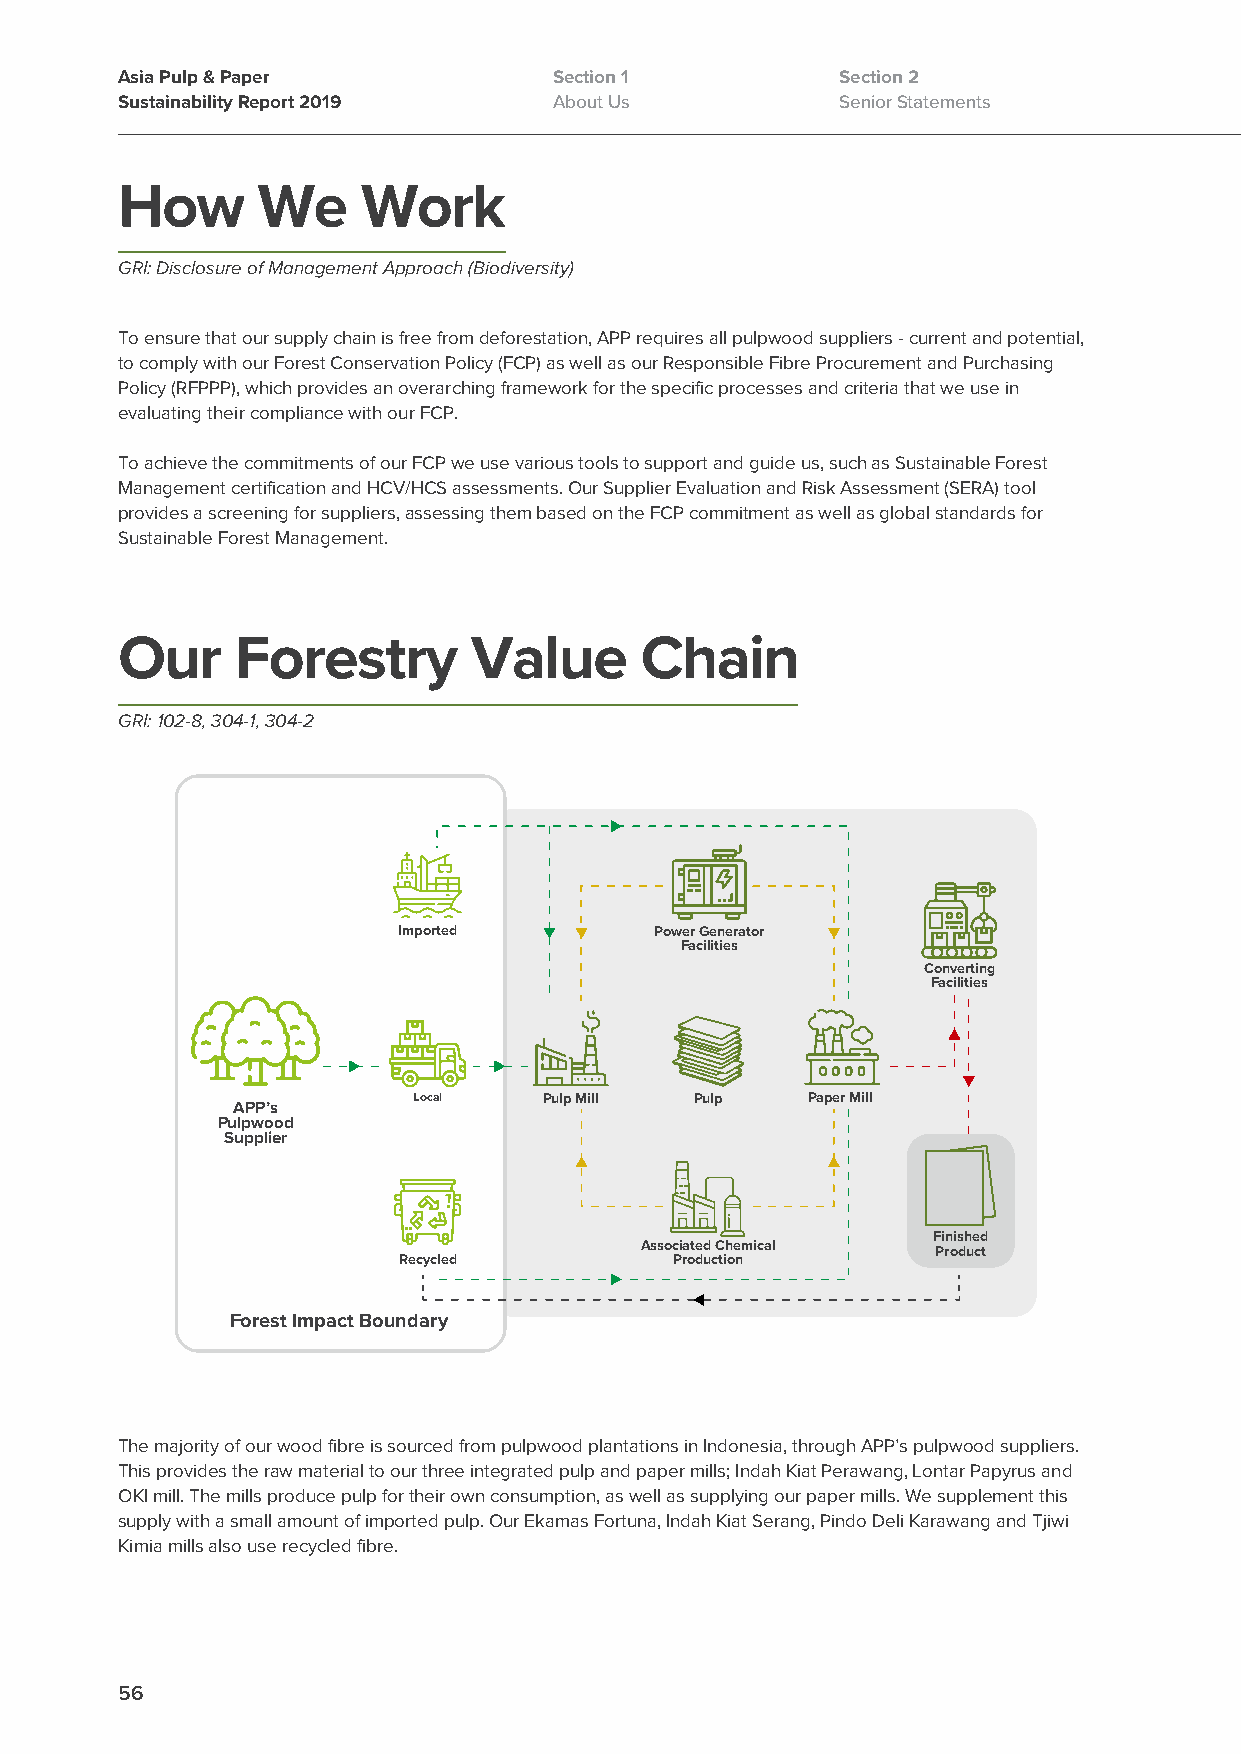
Asia Pulp & Paper            Section 1          Section 2
 Sustainability Report 2019   About Us           Senior Statements
 How      We     Work
 GRI: Disclosure of Management Approach (Biodiversity)
 To ensure that our supply chain is free from deforestation, APP requires all pulpwood suppliers - current and potential,
 to comply with our Forest Conservation Policy (FCP) as well as our Responsible Fibre Procurement and Purchasing
 Policy (RFPPP), which provides an overarching framework for the specific processes and criteria that we use in
 evaluating their compliance with our FCP.
 To achieve the commitments of our FCP we use various tools to support and guide us, such as Sustainable Forest
 Management certification and HCV/HCS assessments. Our Supplier Evaluation and Risk Assessment (SERA) tool
 provides a screening for suppliers, assessing them based on the FCP commitment as well as global standards for
 Sustainable Forest Management.
 Our     Forestry       Value      Chain
 GRI: 102-8, 304-1, 304-2
 Imported         Power Generator
 Facilities
 Converting
 Facilities
 Local    Pulp Mill Pulp   Paper Mill
 APP’s
 Pulpwood
 Supplier
 Finished
 Associated Chemical Product
 Recycled           Production
 Forest Impact Boundary
 The majority of our wood fibre is sourced from pulpwood plantations in Indonesia, through APP’s pulpwood suppliers.
 This provides the raw material to our three integrated pulp and paper mills; Indah Kiat Perawang, Lontar Papyrus and
 OKI mill. The mills produce pulp for their own consumption, as well as supplying our paper mills. We supplement this
 supply with a small amount of imported pulp. Our Ekamas Fortuna, Indah Kiat Serang, Pindo Deli Karawang and Tjiwi
 Kimia mills also use recycled fibre.
 56